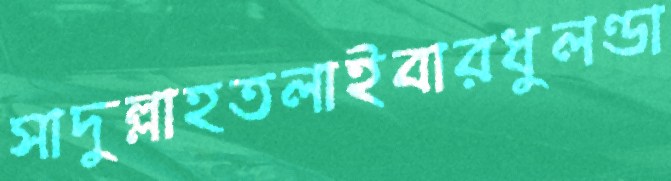
সাদুল্লাহতলাইবারধুলণ্ডা